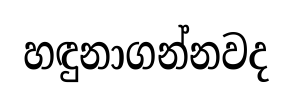
හඳුනාගන්නවද